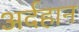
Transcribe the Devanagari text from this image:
अर्दहान